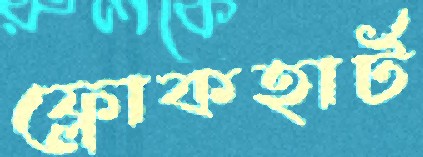
ফ্লোকহার্ট